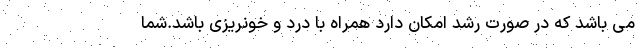
می باشد که در صورت رشد امکان دارد همراه با درد و خونریزی باشد.شما